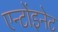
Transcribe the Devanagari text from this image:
एन्टोंइनेट